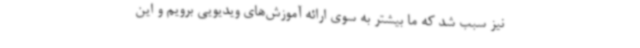
نیز سبب شد که ما بیشتر به سوی ارائه آموزش‌های ویدیویی برویم و این